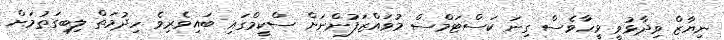
ނިޔާޒް ވިދާޅުވީ ވީހާވެސް ގިނަ ކަސްޓަމްސް މުވައްޒަފުންނަށް ސްކީމްގައި ބައިވެރިވެ ހިދުމަތް ލިބިގަތުމަށް